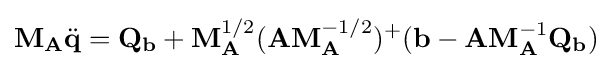
\mathbf {M} _{\mathbf {A} }{\ddot {\mathbf {q} }}=\mathbf {Q} _{\mathbf {b} }+\mathbf {M} _{\mathbf {A} }^{1/2}(\mathbf {A} \mathbf {M} _{\mathbf {A} }^{-1/2})^{+}(\mathbf {b} -\mathbf {A} \mathbf {M} _{\mathbf {A} }^{-1}\mathbf {Q} _{\mathbf {b} })